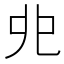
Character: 𠑹